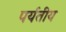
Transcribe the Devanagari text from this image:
पर्यतीय